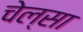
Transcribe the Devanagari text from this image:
चेल्सा